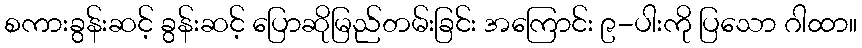
စကားခွန်းဆင့် ခွန်းဆင့် ပြောဆိုမြည်တမ်းခြင်း အကြောင်း ၉-ပါးကို ပြသော ဂါထာ။